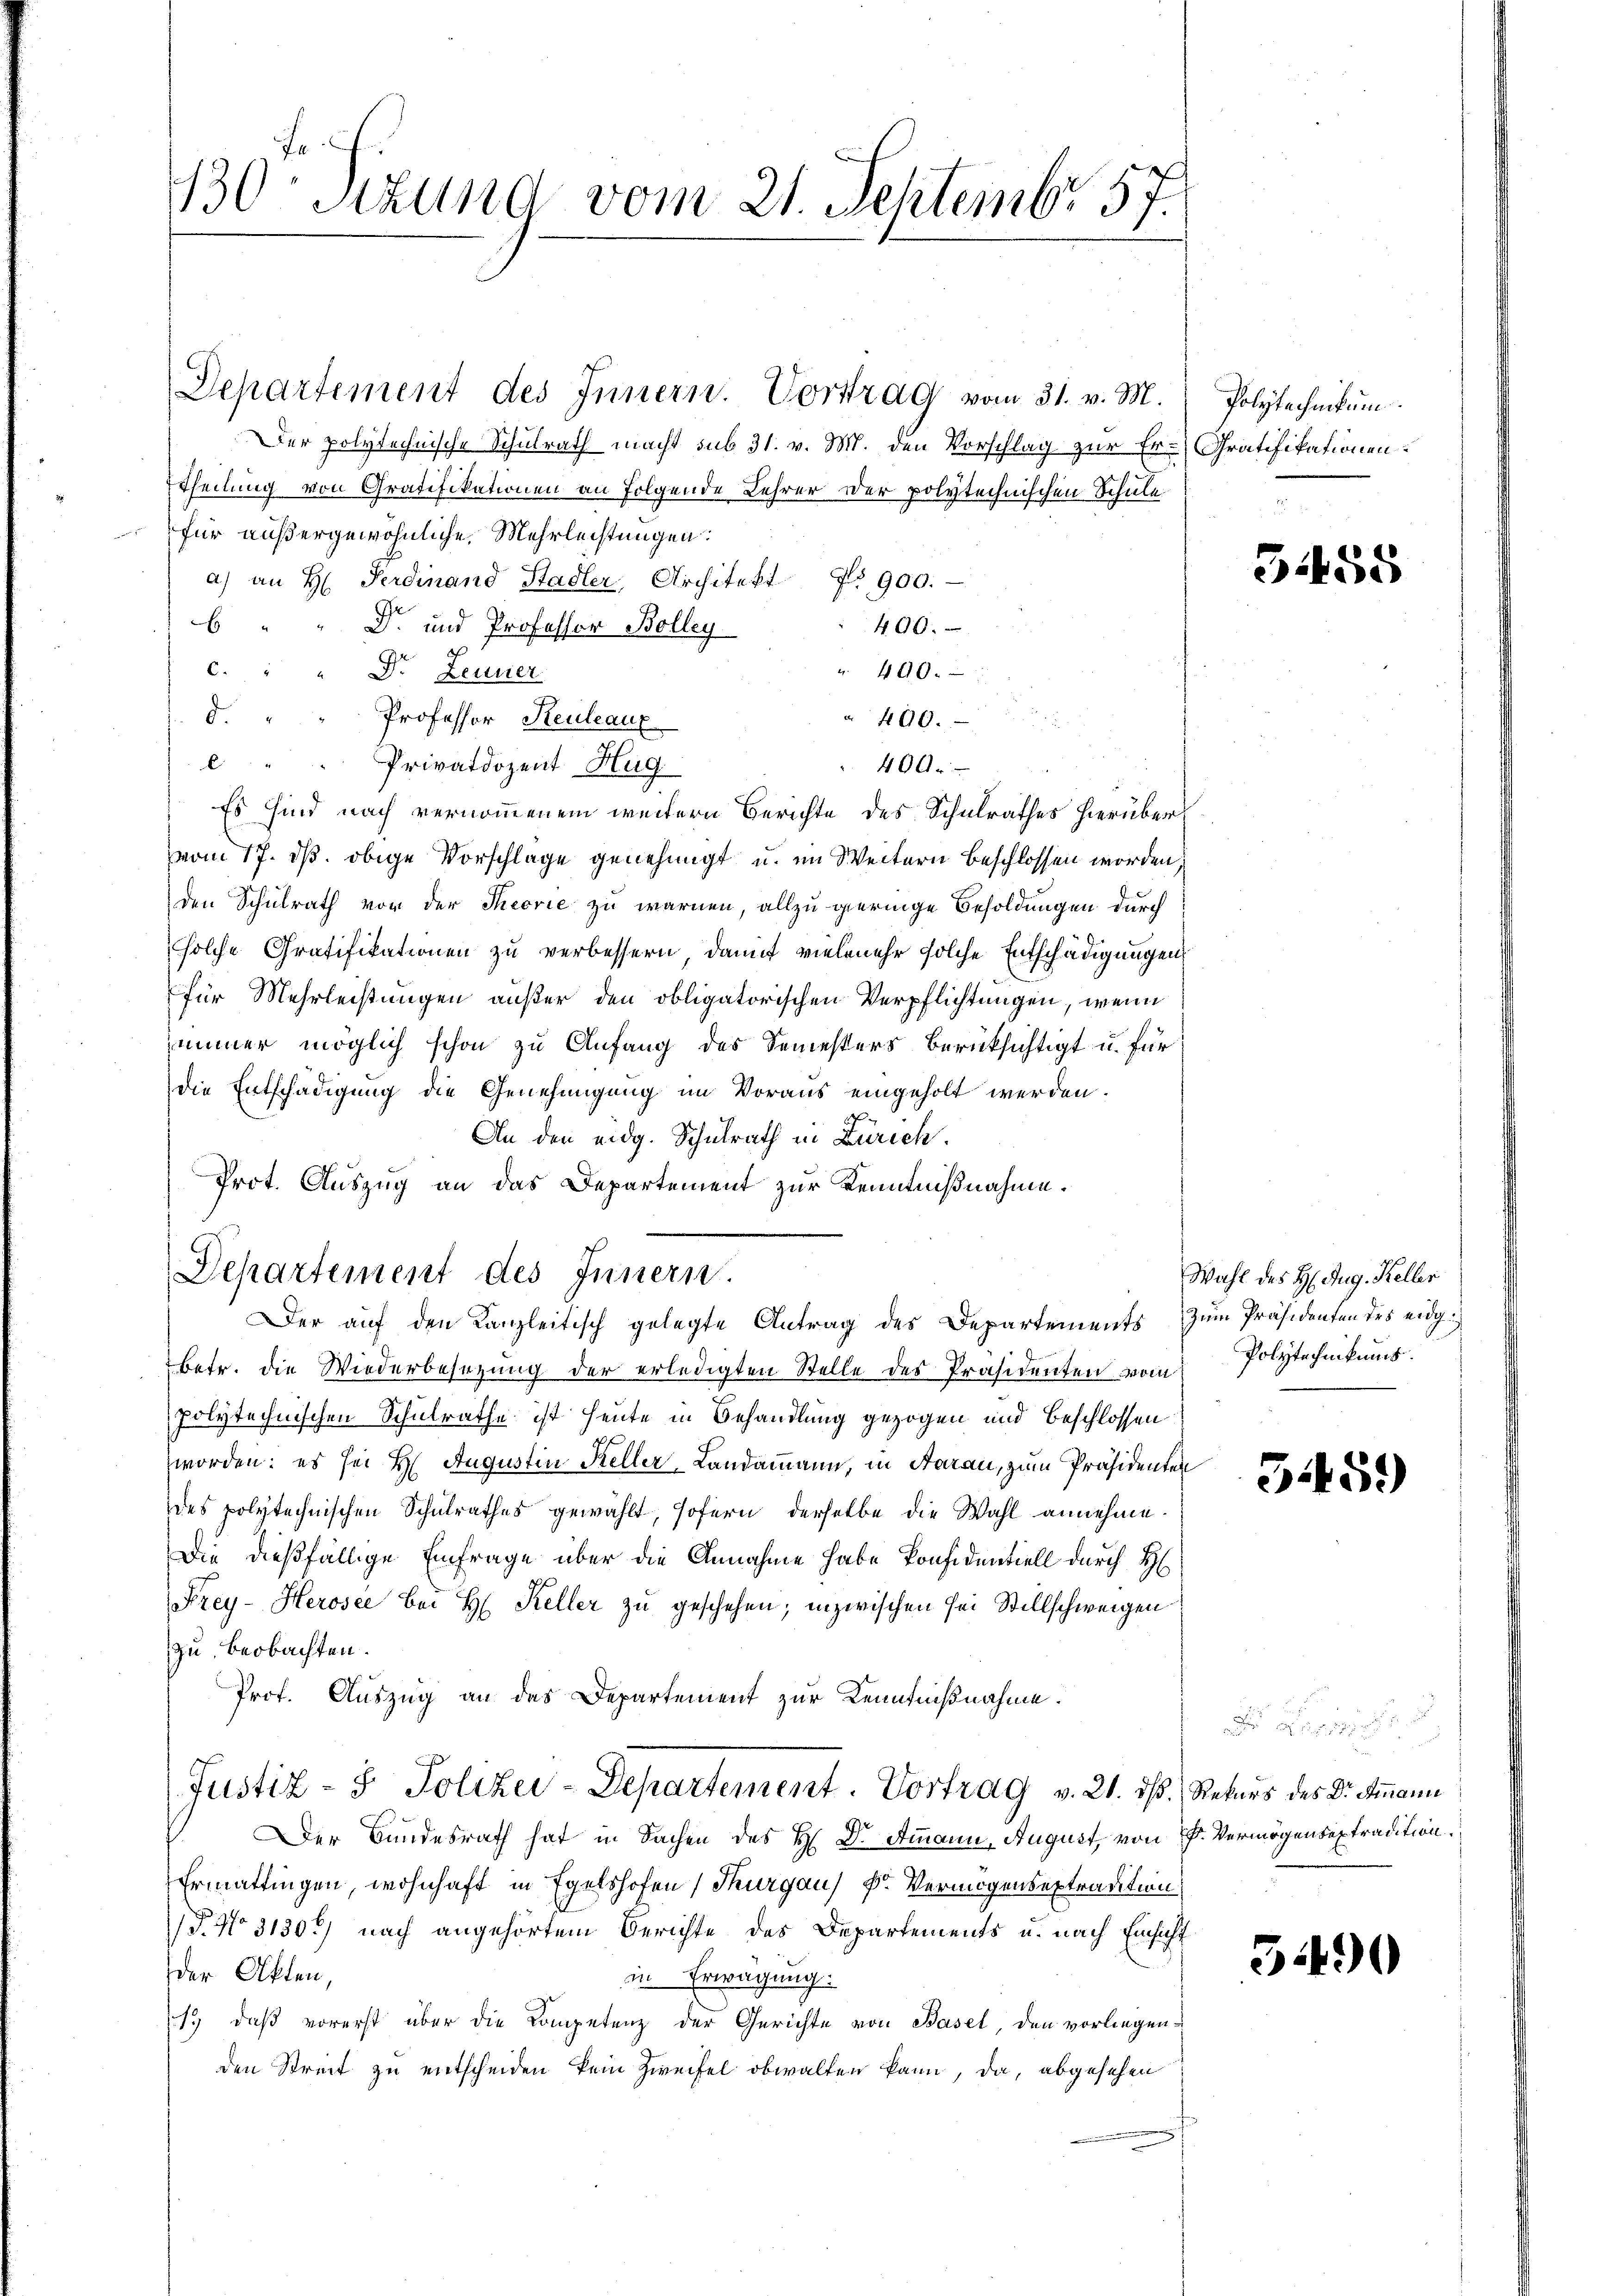
130 Sizung vom 21. Septembr. 57.

Departement des Innern.
Der auf den Kanzleitisch gelegte Antrag des Departements zum Präsidenten des eidg.

400.
400.

Departement des Innern. Vortrag vom 31. v. M.
Der polytechnische Schulrath macht sub 31. v. M. den Vorschlag zur Er-Gratifikationen
Theilung von Gratifikationen an Folgende Lehrer der polytechnischen Schule
für außergewöhnliche Mehrleistungen:
a) an H. Ferdinand Stadler, Architekt No 900.

D. und Professor Bolleg
400.
" 400.
c. " " Dr. Leuner
d. " " Professor Steuleaux
.
 " " Privatdozent Hug
Es sind nach vernommenem weitern Berichte des Schulrathes hierübervom 17. ds. obige Vorschlage genehmigt u. im Weitern beschlossen worden.
den Schulrath vor der Theorie zu warnen, allzu geringe Besoldungen durch
solche Gratifikationen zu verbessern, damit vielmehr solche Entschädigungen
für Mehrleistungen außer den obligatorischen Verpflichtungen, wenn
zimmer möglich schon zu Anfang des Semesters berücksichtigt u. für
die Entschädigung die Genehmigung im Voraus eingeholt werden.
An den eidg. Schulrath in Zürich.
Prot. Auszug an das Departement zur Kenntnißnahme.
betr. die Wiederbesezung der erledigten Stelle des Präsidenten vom
polytechnischen Schulrathe ist heute in Behandlung gezogen und beschlossen
worden; es sei H. Augustin Keller-Landammann, in Aarau, zum Präsidenten
des polytechnischen Schulrathes gewählt, sofern derselbe die Wahl annehme.
Die dießfällige Einfrage über die Annahme habe Konfidentiell durch H
Frey- Herosee bei H. Keller zu geschehen; inzwischen sei Stillschweigen
zu beobachten.
Prof. Auszug an das Departement zur Kenntnißnahme.
Justiz- & Polizei-Departement. Vortrag v. 21. ds. Rekurs des Dr. Ammann
Der Bundesrath hat in Sachen des H. Dr. Ammann, August, von F. Vermögensextradition.
Ermattingen, wohnhaft in Egelshofen (Thurgau) Dr. Vermögensextradition
/. No 3130) nach angehörtem Berichte des Departements u. nach Einsicht
der Akten,
in Erwägung:
1.) daß vorerst über die Competenz der Gerichte von Basel, den vorliegenden Streit zu entscheiden kein Zweifel obwalten kann, da, abgesehen

Polytechnikum.

Wahl des H. Aug. Keller
Polytechnikums.

3458

51451)

3490